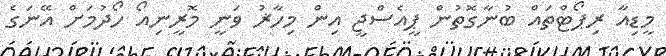
މީޑިއާ ރިޕޯޓްތައް ބުނާގޮތުން ޕީއެސްޖީ އިން މިހާޜު ވަނީ މޮރީނިއޯ ހޯދުމަށް އޭނަގެ